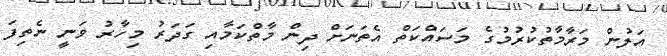
އަލުން މަރާމާތުކުރުމުގެ މަސައްކަތް އެތަނަށް ދިން މާތްކަމާއި ގަދަރު މިހާރު ވަނީ ނެތިފަ